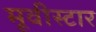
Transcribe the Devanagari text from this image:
मूवीस्टार